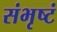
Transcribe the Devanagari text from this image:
संभृष्टं